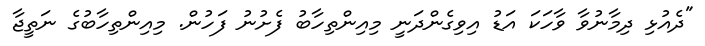
"ދެއުޅި ދިމާނުވާ ވާހަކަ އަޑު އިވިގެންދަނީ މިއިންތިހާބު ފެށުނު ފަހުން. މިއިންތިހާބުގެ ނަތީޖާ